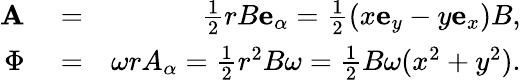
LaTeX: \begin{array}{rlr}{\mathbf{A}}&{{}=}&{\frac{1}{2}rB\mathbf{e}_{\alpha}=\frac{1}{2}(x\mathbf{e}_{y}-y\mathbf{e}_{x})B,}\\ {\Phi}&{{}=}&{\omega rA_{\alpha}=\frac{1}{2}r^{2}B\omega=\frac{1}{2}B\omega(x^{2}+y^{2}).}\end{array}